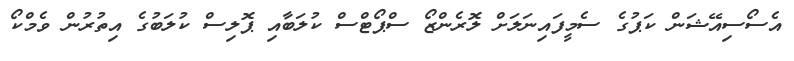
އެސޯސިއޭޝަން ކަޕުގެ ސެމީފައިނަލަށް ލޮރެންޒޯ ސްޕޯޓްސް ކުލަބާއި ޕޮލިސް ކުލަބުގެ އިތުރުން ވެމްކޯ